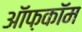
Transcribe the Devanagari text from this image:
ऑफ़कॉम